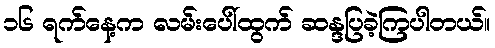
၁၆ ရက်နေ့က လမ်းပေါ်ထွက် ဆန္ဒပြခဲ့ကြပါတယ်။